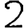
Digit: 2